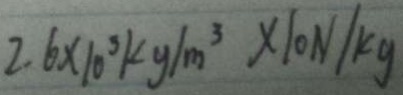
2 . 6 \times 1 0 ^ { 3 } k g / m ^ { 3 } \times 1 0 N / k g